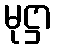
မုဋ္ဌာ